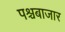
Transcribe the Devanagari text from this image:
पश्चबाजार